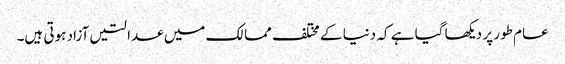
عام طور پر دیکھا گیا ہے کہ دنیا کے مختلف ممالک میں عدالتیں آزاد ہوتی ہیں۔